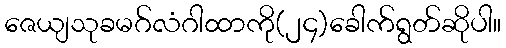
ဇေယျသုခမဂ်လံဂါထာကို(၂၄)ခေါက်ရွတ်ဆိုပါ။